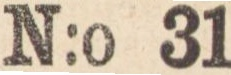
N:o 31